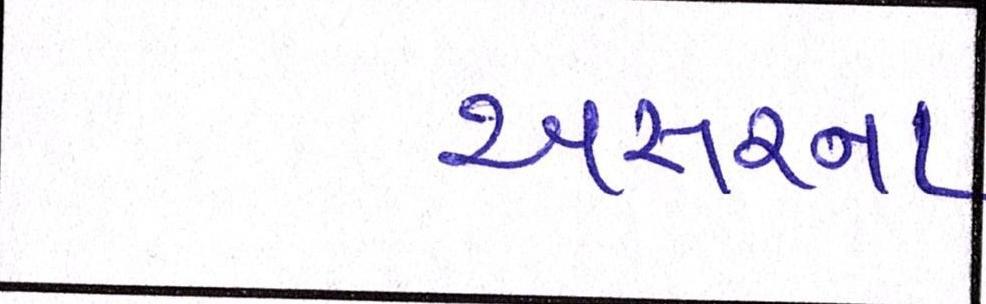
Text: અસરના